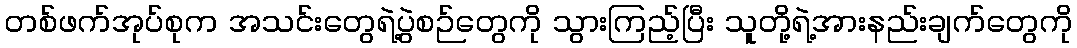
တစ်ဖက်အုပ်စုက အသင်းတွေရဲ့ပွဲစဉ်တွေကို သွားကြည့်ပြီး သူတို့ရဲ့အားနည်းချက်တွေကို